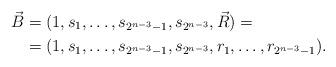
LaTeX: \begin{align*}\vec{B}&=(1,s_1,\dots,s_{2^{n-3}-1},s_{2^{n-3}},\vec{R})=\\&=(1,s_1,\dots,s_{2^{n-3}-1},s_{2^{n-3}},r_1,\dots,r_{2^{n-3}-1}).\end{align*}